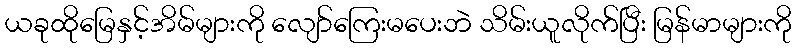
ယခုထိုမြေနှင့်အိမ်များကို လျော်ကြေးမပေးဘဲ သိမ်းယူလိုက်ပြီး မြန်မာများကို